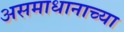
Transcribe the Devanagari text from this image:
असमाधानाच्या